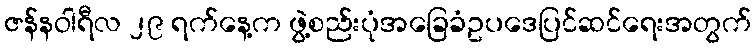
ဇန်နဝါရီလ ၂၉ ရက်နေ့က ဖွဲ့စည်းပုံအခြေခံဥပဒေပြင်ဆင်ရေးအတွက်